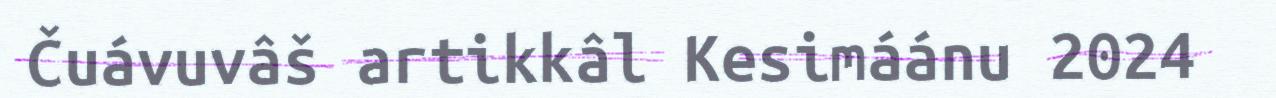
Čuávuvâš artikkâl Kesimáánu 2024